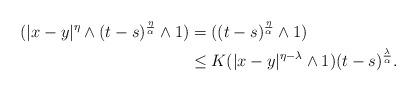
LaTeX: \begin{align*}(|x-y|^\eta \wedge (t-s)^{\frac{\eta}{\alpha}}\wedge 1) &=((t-s)^{\frac{\eta}{\alpha}}\wedge 1) \\ &\leq K (|x-y|^{\eta - \lambda} \wedge 1)(t-s)^{\frac{\lambda}{\alpha}}.\end{align*}